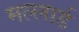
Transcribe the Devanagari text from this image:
मल्लार्ड